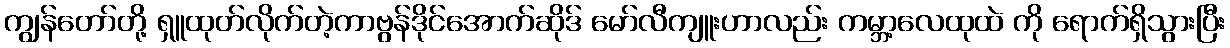
ကျွန်တော်တို့ ရှူထုတ်လိုက်တဲ့ကာဗွန်ဒိုင်အောက်ဆိုဒ် မော်လီကျူးဟာလည်း ကမ္ဘာ့လေထုထဲ ကို ရောက်ရှိသွားပြီး